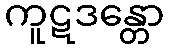
ကူဋဒန္တော